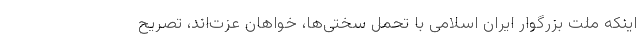
اینکه ملت بزرگوار ایران اسلامی با تحمل سختی‌ها، خواهان عزت‌اند، تصریح